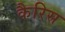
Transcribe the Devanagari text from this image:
कैरिस